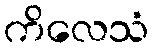
ကိလေသံ